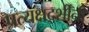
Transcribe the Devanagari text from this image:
प्रत्यक्षदर्शींनी